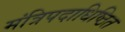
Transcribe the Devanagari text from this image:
मंत्रिपदाधिष्ठित